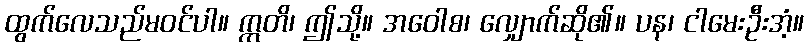
ထွက်လေသည်မဝင်ပါ။ ဣတိ၊ ဤသို့။ အဝေါစ၊ လျှောက်ဆို၏။ ပန၊ ငါမေးဦးအံ့။